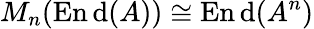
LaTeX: M_{n}(\operatorname{En\mathrm{d}}(A))\cong\operatorname{En\mathrm{d}}(A^{n})